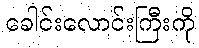
ခေါင်းလောင်းကြီးကို